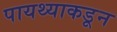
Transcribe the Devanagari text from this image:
पायथ्याकडून